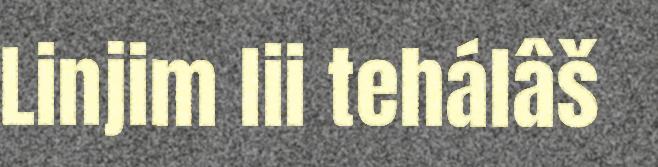
Linjim lii tehálâš